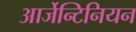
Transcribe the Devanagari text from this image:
आर्जेन्टिनियन